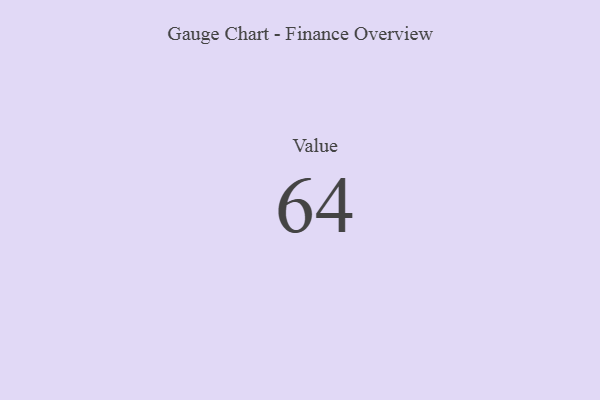
{"axis": {"x": "Metric", "y": "Value"}, "legend": [""], "data": [{"x": "Value", "y": 64, "type": ""}]}